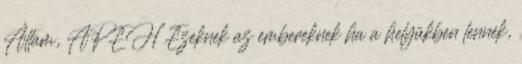
Állam, APEH Ezeknek az embereknek ha a helyükben lennék,